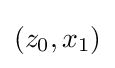
(z_{0},x_{1})